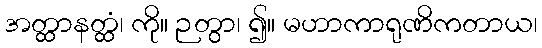
အတ္ထာနတ္ထံ၊ ကို။ ဉတွာ၊ ၍။ မဟာကာရုဏိကတာယ၊